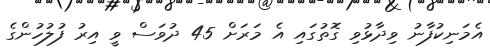
އެމަނިކުފާނު ވިދާޅުވި ގޮތުގައި އެ މަރަށް 45 ދުވަސް ވީ އިރު ފުލުހުންގެ